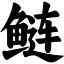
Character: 鲢